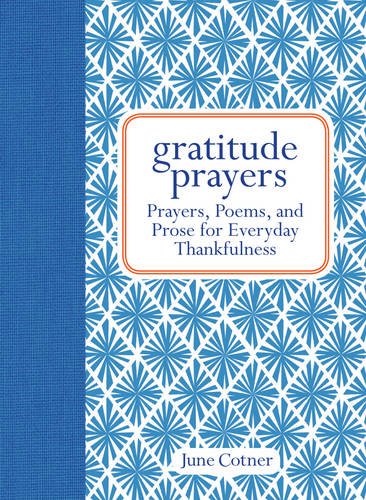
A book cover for Gratitude Prayers: Prayers, Poems, and Prose for Everyday Thankfulness; June Cotner; Christian Books & Bibles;